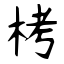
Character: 栲